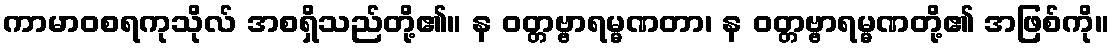
ကာမာဝစရကုသိုလ် အစရှိသည်တို့၏။ န ဝတ္တဗ္ဗာရမ္မဏတာ၊ န ဝတ္တဗ္ဗာရမ္မဏတို့၏ အဖြစ်ကို။